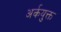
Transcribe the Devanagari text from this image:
अर्कयुक्त